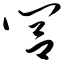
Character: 闾